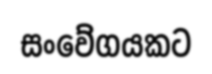
සංවේගයකට